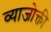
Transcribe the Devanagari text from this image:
व्याजोक्ती